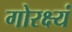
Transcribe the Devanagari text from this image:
गोरक्ष्यं